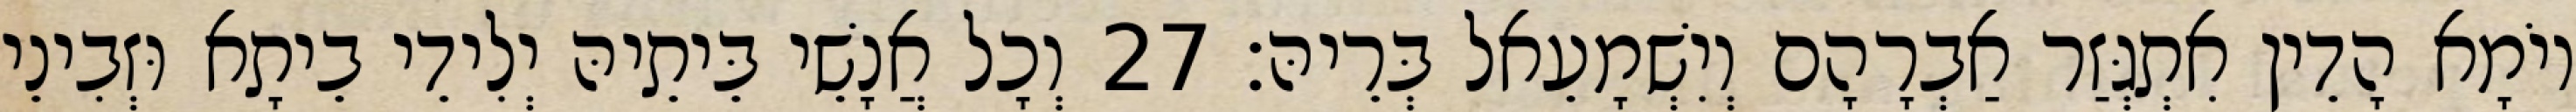
יוֹמָא הָדֵין אִתְגְּזַר אַבְרָהָם וְיִשְׁמָעֵאל בְּרֵיהּ׃ 27 וְכָל אֲנָשֵׁי בֵּיתֵיהּ יְלִידֵי בֵיתָא וּזְבִינֵי